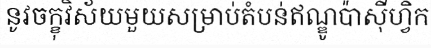
នូវចក្ខុវិស័យមួយសម្រាប់តំបន់ឥណ្ឌូប៉ាស៊ីហ្វិក